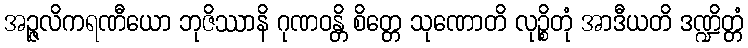
အဉ္ဇလိကရဏီယော ဘုဇိဿာနိ ဂုဏဝန္တိ စိတ္တေ သုဏောတိ လုဉ္စိတုံ အာဒီယတိ ဒဏ္ဍိတ္တံ